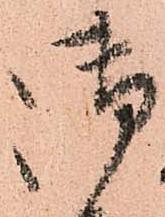
御